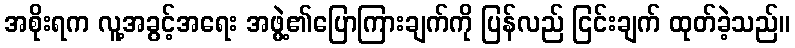
အစိုးရက လူ့အခွင့်အရေး အဖွဲ့၏ပြောကြားချက်ကို ပြန်လည် ငြင်းချက် ထုတ်ခဲ့သည်။